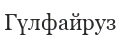
Гүлфайруз